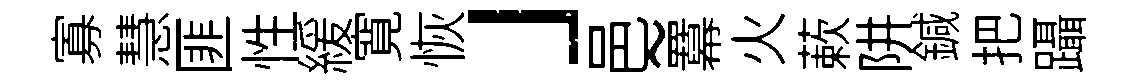
寡慧匪性緩寛恢」邑~羃火蔌阱鍼把躡